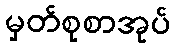
မှတ်စုစာအုပ်